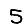
Digit: 5